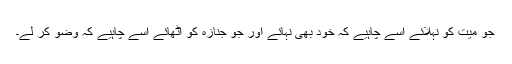
جو میت کو نہلائے اسے چاہیے کہ خود بھی نہائے اور جو جنازہ کو اٹھائے اسے چاہیے کہ وضو کر لے۔